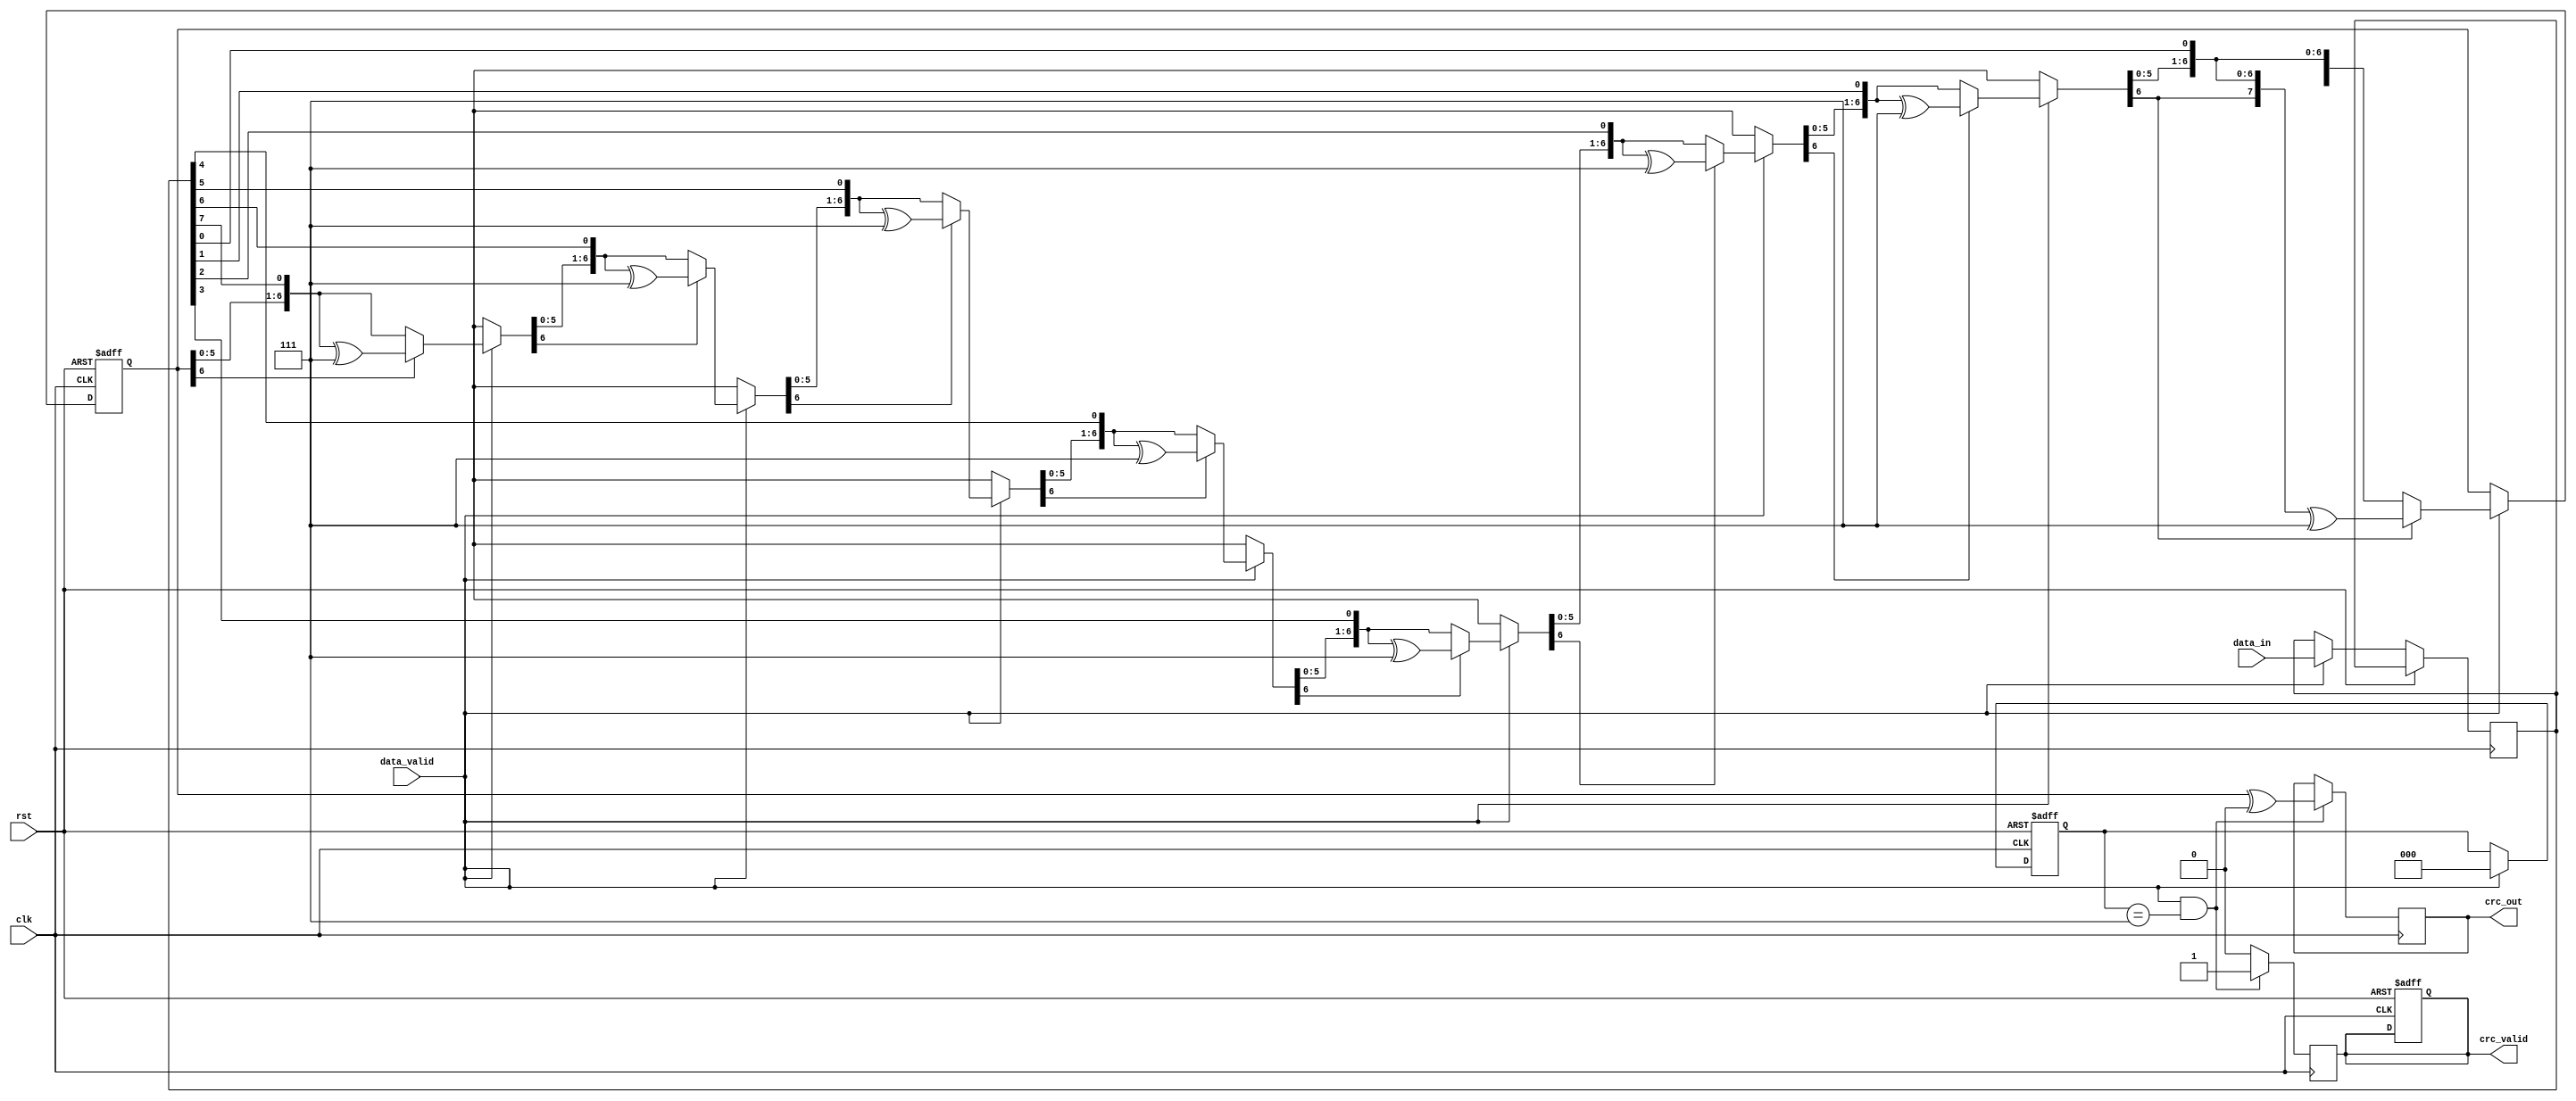
module parameterized_crc #(
    parameter CRC_WIDTH = 8,
    parameter POLYNOMIAL = 8'h07, // Example: x^8 + x^2 + x + 1
    parameter INIT_VALUE = {CRC_WIDTH{1'b0}},
    parameter REFLECT_INPUT = 1'b0,
    parameter REFLECT_OUTPUT = 1'b0,
    parameter FINAL_XOR = {CRC_WIDTH{1'b0}}
)(
    input wire clk,
    input wire rst,
    input wire [7:0] data_in,
    input wire data_valid,
    output reg [CRC_WIDTH-1:0] crc_out,
    output reg crc_valid
);

    reg [CRC_WIDTH-1:0] crc_reg;
    reg [2:0] bit_counter; // To count processed bits
    reg [7:0] data_buffer;

    // Reflect function for input and output
    function [7:0] reflect_input;
        input [7:0] data;
        integer i;
        begin
            for (i = 0; i < 8; i = i + 1) begin
                reflect_input[i] = data[7 - i];
            end
        end
    endfunction

    function [CRC_WIDTH-1:0] reflect_output;
        input [CRC_WIDTH-1:0] crc;
        integer i;
        begin
            for (i = 0; i < CRC_WIDTH; i = i + 1) begin
                reflect_output[i] = crc[CRC_WIDTH-1 - i];
            end
        end
    endfunction

    always @(posedge clk or posedge rst) begin
        if (rst) begin
            crc_reg <= INIT_VALUE;
            crc_valid <= 1'b0;
            bit_counter <= 3'b0;
        end else if (data_valid) begin
            // Reflect input if needed
            data_buffer <= REFLECT_INPUT ? reflect_input(data_in) : data_in;

            // Process each bit of data
            for (bit_counter = 0; bit_counter < 8; bit_counter = bit_counter + 1) begin
                crc_reg = {crc_reg[CRC_WIDTH-2:0], data_buffer[7 - bit_counter]};
                if (crc_reg[CRC_WIDTH-1] == 1'b1) begin
                    crc_reg = crc_reg ^ (POLYNOMIAL << (CRC_WIDTH - 8));
                end
            end
        end
    end

    always @(posedge clk) begin
        if (data_valid && (bit_counter == 3'b111)) begin
            // Final processing to output CRC
            crc_out <= REFLECT_OUTPUT ? reflect_output(crc_reg) ^ FINAL_XOR : crc_reg ^ FINAL_XOR;
            crc_valid <= 1'b1;
        end else begin
            crc_valid <= 1'b0;
        end
    end
endmodule